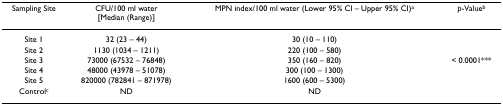
<table><thead><tr><td><b>Sampling Site</b></td><td><b>CFU/100 ml water[Median (Range)]</b></td><td><b>MPN index/100 ml water (Lower 95% CI – Upper 95% CI)<sup>a</sup></b></td><td><b><i>p</i>-Value<sup>b</sup></b></td></tr></thead><tbody><tr><td>Site 1</td><td>32 (23 – 44)</td><td>30 (10 – 110)</td><td></td></tr><tr><td>Site 2</td><td>1130 (1034 – 1211)</td><td>220 (100 – 580)</td><td></td></tr><tr><td>Site 3</td><td>73000 (67532 – 76848)</td><td>350 (160 – 820)</td><td>&lt; 0.0001***</td></tr><tr><td>Site 4</td><td>48000 (43978 – 51078)</td><td>300 (100 – 1300)</td><td></td></tr><tr><td>Site 5</td><td>820000 (782841 – 871978)</td><td>1600 (600 – 5300)</td><td></td></tr><tr><td>Control<sup>c</sup></td><td>ND</td><td>ND</td><td></td></tr></tbody></table>